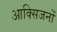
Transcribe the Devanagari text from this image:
आक्सिजनों